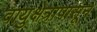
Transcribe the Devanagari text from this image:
वायुक्षेत्रापासून